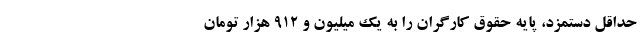
حداقل دستمزد، پایه حقوق کارگران را به یک میلیون و ۹۱۲ هزار تومان